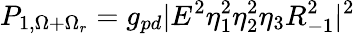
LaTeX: P_{1,\Omega+\Omega_{r}}=g_{pd}|E^{2}\eta_{1}^{2}\eta_{2}^{2}\eta_{3}R_{-1}^{2}|^{2}